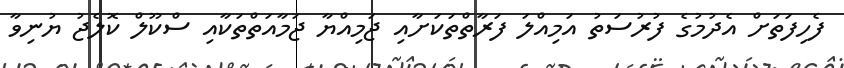
ފެހިފަތަށް އެދުމުގެ ފުރުސަތު އަމިއްލަ ފަރާތްތަކަށާއި ޖަމިއްޔާ ޖަމާއަތްތަކާއި ސްކޫލް ކޮލެޖު ޔުނިވާ